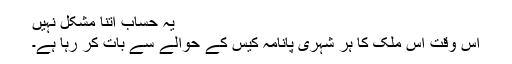
یہ حساب اتنا مشکل نہیں
اس وقت اس ملک کا ہر شہری پانامہ کیس کے حوالے سے بات کر رہا ہے۔